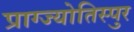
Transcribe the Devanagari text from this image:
प्राग्ज्योतिस्पुर